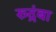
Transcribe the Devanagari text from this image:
रुद्रंबा